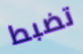
تضبط